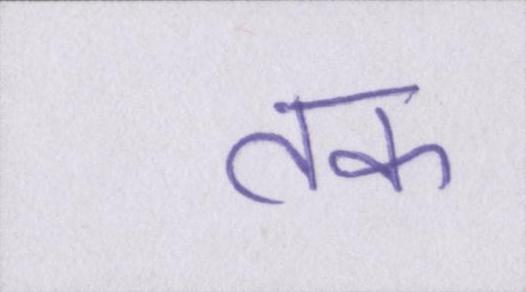
तक